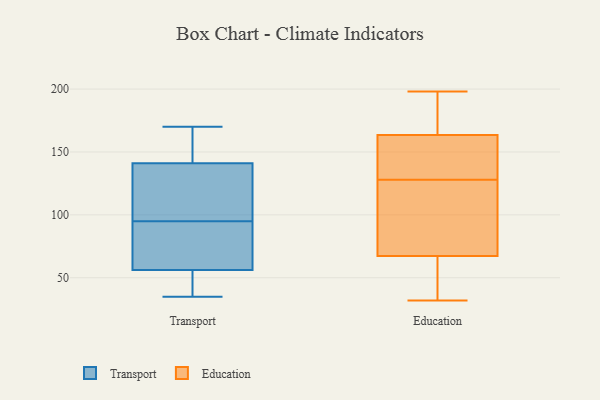
{"axis": {"x": "Inventory Turnover", "y": "Value"}, "legend": ["Education", "Transport"], "data": [{"x": "", "y": 87, "type": "Transport"}, {"x": "", "y": 122, "type": "Transport"}, {"x": "", "y": 113, "type": "Transport"}, {"x": "", "y": 137, "type": "Transport"}, {"x": "", "y": 60, "type": "Transport"}, {"x": "", "y": 167, "type": "Transport"}, {"x": "", "y": 170, "type": "Transport"}, {"x": "", "y": 153, "type": "Transport"}, {"x": "", "y": 45, "type": "Transport"}, {"x": "", "y": 35, "type": "Transport"}, {"x": "", "y": 95, "type": "Transport"}, {"x": "", "y": 37, "type": "Transport"}, {"x": "", "y": 90, "type": "Transport"}, {"x": "", "y": 198, "type": "Education"}, {"x": "", "y": 137, "type": "Education"}, {"x": "", "y": 106, "type": "Education"}, {"x": "", "y": 99, "type": "Education"}, {"x": "", "y": 97, "type": "Education"}, {"x": "", "y": 65, "type": "Education"}, {"x": "", "y": 181, "type": "Education"}, {"x": "", "y": 186, "type": "Education"}, {"x": "", "y": 144, "type": "Education"}, {"x": "", "y": 34, "type": "Education"}, {"x": "", "y": 74, "type": "Education"}, {"x": "", "y": 197, "type": "Education"}, {"x": "", "y": 132, "type": "Education"}, {"x": "", "y": 63, "type": "Education"}, {"x": "", "y": 170, "type": "Education"}, {"x": "", "y": 34, "type": "Education"}, {"x": "", "y": 32, "type": "Education"}, {"x": "", "y": 128, "type": "Education"}, {"x": "", "y": 143, "type": "Education"}]}